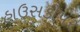
હાઉસકીપર